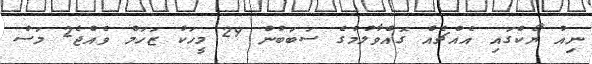
ނިއު ޔޯކްގައި އެއްޗެއް ގޮއްވާލުމުގެ ސަބަބުން 29 މީހަކު ޒަހަމް ވެއްޖެ2 މަސް